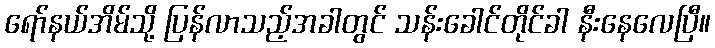
ရော်နယ်အိမ်သို့ ပြန်လာသည့်အခါတွင် သန်းခေါင်တိုင်ခါ နီးနေလေပြီ။